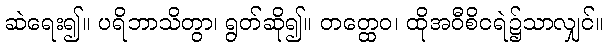
ဆဲရေး၍။ ပရိဘာသိတွာ၊ ရွတ်ဆို၍။ တတ္ထေဝ၊ ထိုအဝီစိငရဲ၌သာလျှင်။